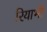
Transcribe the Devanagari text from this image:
रियाभी